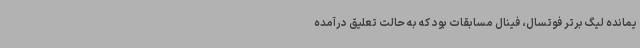
یمانده لیگ برتر فوتسال، فینال مسابقات بود که به حالت تعلیق درآمده